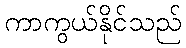
ကာကွယ်နိုင်သည်